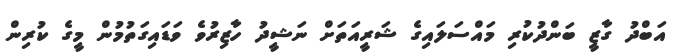
އަބްދު ގާޒީ ބަންދުކުރި މައްސަލައިގެ ޝަރީއަތަށް ނަޝީދު ހާޒިރުވެ ވަޑައިގަތުމުން މީގެ ކުރިން